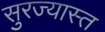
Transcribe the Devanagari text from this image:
सुरज्यास्त